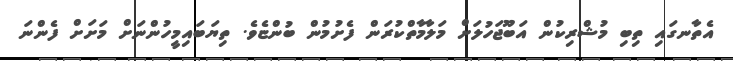
އެތާނގައި ތިބި މުޝްރިކުން އަބޫޖަހުލަށް މަލާމާތްކުރަން ފެށުމުން ބުންޏެވެ. ތިޔަބައިމީހުންނަށް މަށަށް ފެންނަ